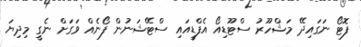
ފޮޓޯ ނަގައިދޭ މަޝްހޫރު ސްޓޫޑިއޯ އެފްޑީއައި ސްޓޭޝަނުން ފޯނެއް ވަގަށް ނެގީ މިދިޔަ